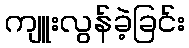
ကျူးလွန်ခဲ့ခြင်း